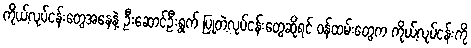
ကိုယ့်လုပ်ငန်းတွေအနေနဲ့ ဦးဆောင်ဦးရွက် ပြုတဲ့လုပ်ငန်းတွေဆိုရင် ဝန်ထမ်းတွေက ကိုယ့်လုပ်ငန်းကို